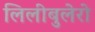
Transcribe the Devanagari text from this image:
लिलीबुलेरो